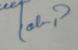
Signature authenticity: forged